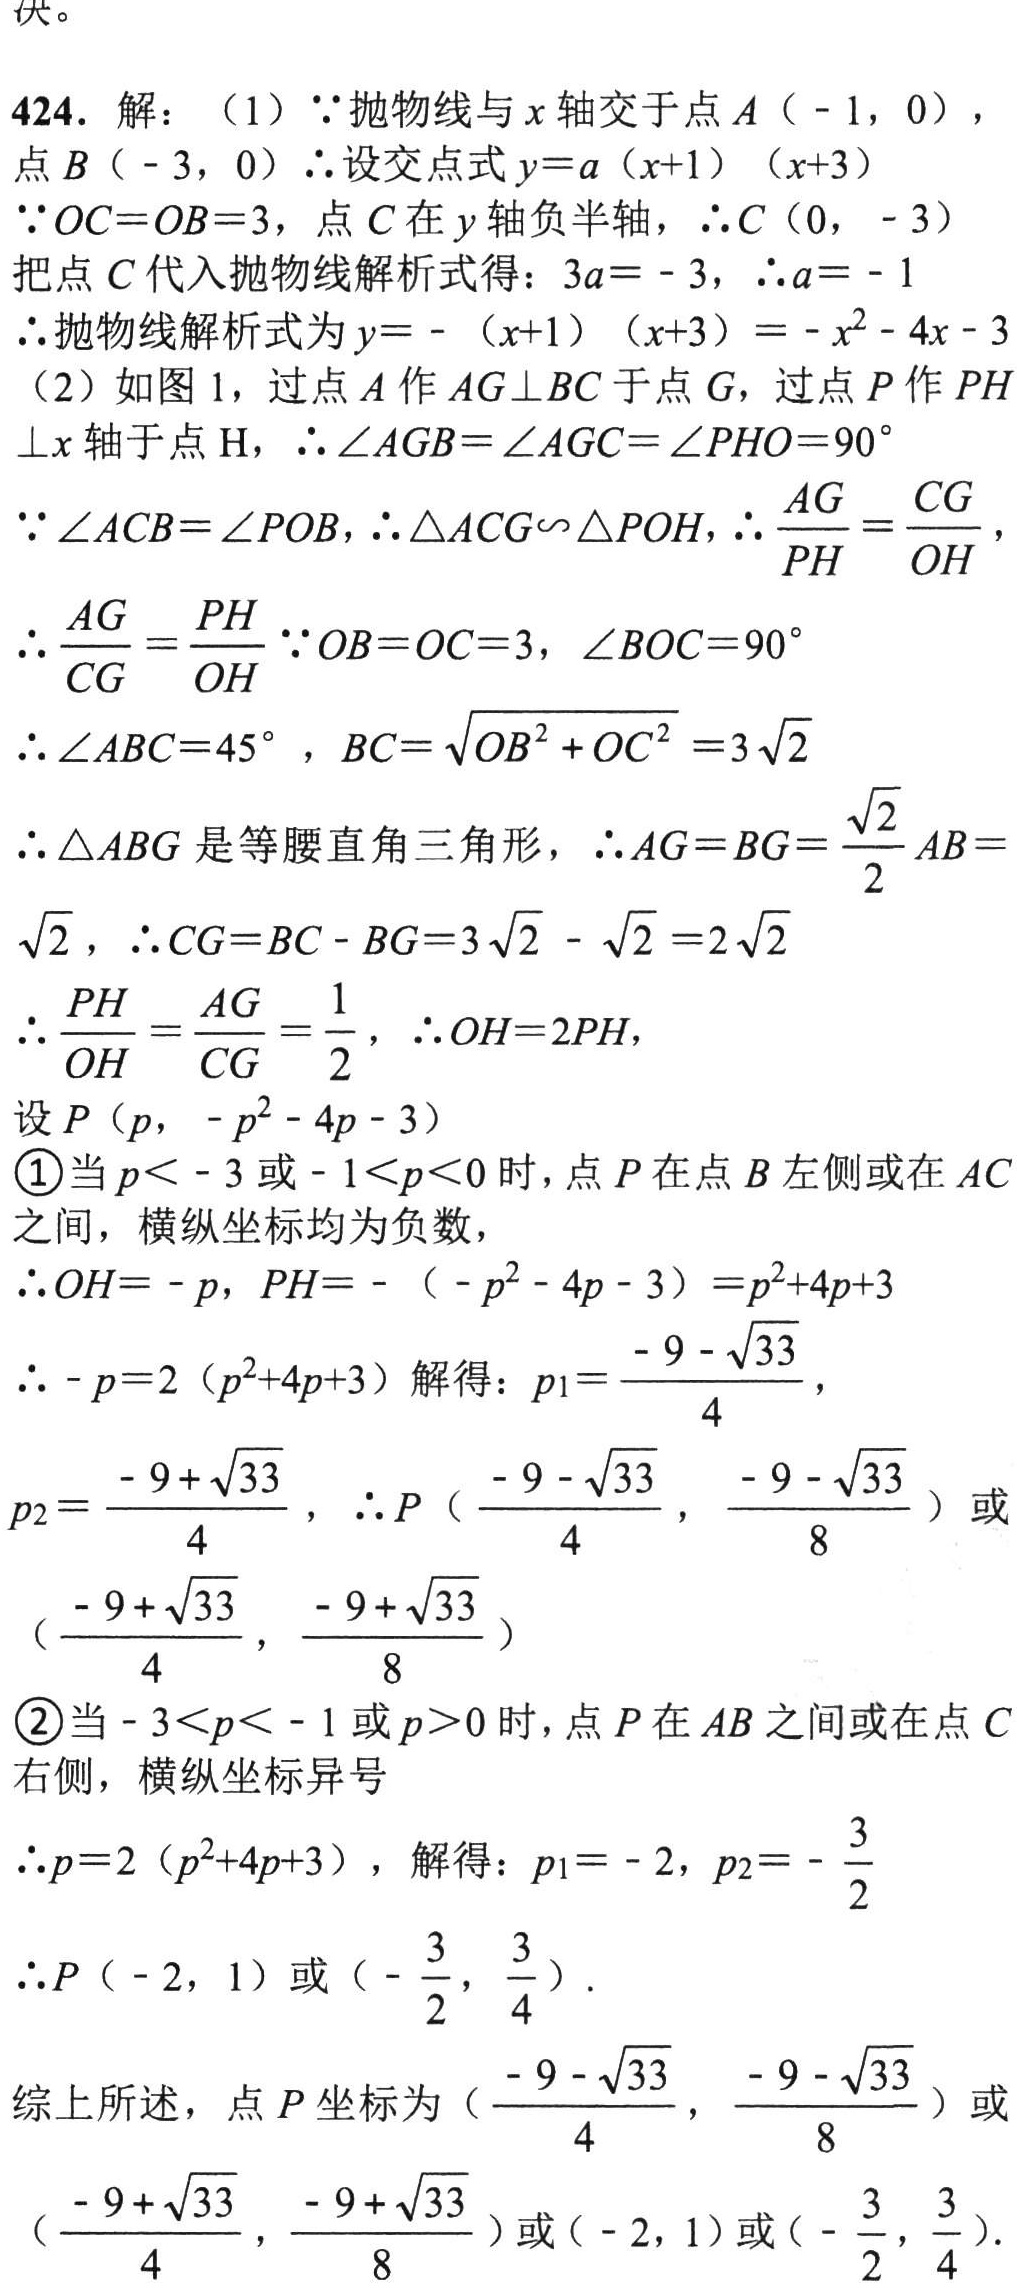
424. 解：（1）\(\because\)抛物线与\(x\)轴交于点\(A(-1,0)\)，点\(B(-3,0)\) \(\therefore\)设交点式\(y = a(x + 1)(x + 3)\)
\(\because OC=OB = 3\)，点\(C\)在\(y\)轴负半轴，\(\therefore C(0,-3)\)
把点\(C\)代入抛物线解析式得：\(3a=-3\)，\(\therefore a=-1\)
\(\therefore\)抛物线解析式为\(y=-(x + 1)(x + 3)=-x^{2}-4x - 3\)
（2）如图1，过点\(A\)作\(AG\perp BC\)于点\(G\)，过点\(P\)作\(PH\perp x\)轴于点\(H\)，\(\therefore\angle AGB=\angle AGC=\angle PHO = 90^{\circ}\)
\(\because\angle ACB=\angle POB\)，\(\therefore\triangle ACG\sim\triangle POH\)，\(\therefore\frac{AG}{PH}=\frac{CG}{OH}\)，\(\therefore\frac{AG}{CG}=\frac{PH}{OH}\) \(\because OB = OC = 3\)，\(\angle BOC = 90^{\circ}\)
\(\therefore\angle ABC = 45^{\circ}\)，\(BC=\sqrt{OB^{2}+OC^{2}}=3\sqrt{2}\)
\(\therefore\triangle ABG\)是等腰直角三角形，\(\therefore AG = BG=\frac{\sqrt{2}}{2}AB=\sqrt{2}\)，\(\therefore CG=BC - BG=3\sqrt{2}-\sqrt{2}=2\sqrt{2}\)
\(\therefore\frac{PH}{OH}=\frac{AG}{CG}=\frac{1}{2}\)，\(\therefore OH = 2PH\)，
设\(P(p,-p^{2}-4p - 3)\)
\textcircled{1}当\(p < - 3\)或\(-1 < p < 0\)时，点\(P\)在点\(B\)左侧或在\(AC\)之间，横纵坐标均为负数，
\(\therefore OH=-p\)，\(PH=-(-p^{2}-4p - 3)=p^{2}+4p + 3\)
\(\therefore - p=2(p^{2}+4p + 3)\)解得：\(p_{1}=\frac{-9-\sqrt{33}}{4}\)，\(p_{2}=\frac{-9 + \sqrt{33}}{4}\)，\(\therefore P(\frac{-9-\sqrt{33}}{4},\frac{-9-\sqrt{33}}{8})\)或\((\frac{-9+\sqrt{33}}{4},\frac{-9+\sqrt{33}}{8})\)
\textcircled{2}当\(-3 < p < -1\)或\(p>0\)时，点\(P\)在\(AB\)之间或在点\(C\)右侧，横纵坐标异号
\(\therefore p=2(p^{2}+4p + 3)\)，解得：\(p_{1}=-2\)，\(p_{2}=-\frac{3}{2}\)
\(\therefore P(-2,1)\)或\((-\frac{3}{2},\frac{3}{4})\).
综上所述，点\(P\)坐标为\((\frac{-9-\sqrt{33}}{4},\frac{-9-\sqrt{33}}{8})\)或\((\frac{-9+\sqrt{33}}{4},\frac{-9+\sqrt{33}}{8})\)或\((-2,1)\)或\((-\frac{3}{2},\frac{3}{4})\).